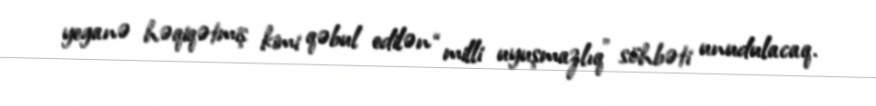
yeganə həqiqətmiş kimi qəbul edilən “milli uyuşmazlıq” söhbəti unudulacaq.